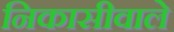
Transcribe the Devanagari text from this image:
निकासीवाले